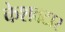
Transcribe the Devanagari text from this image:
केशवटार